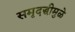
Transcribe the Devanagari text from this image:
समृदद्धीमुळे